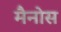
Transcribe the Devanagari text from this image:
मैनोस